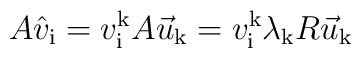
A \hat v_{\mathrm{i}} = v^{\mathrm{k}}_{\mathrm{i}} A \vec u_{\mathrm{k}}= v^{\mathrm{k}}_{\mathrm{i}} \lambda_{\mathrm{k}} R \vec u_{\mathrm{k}}